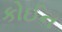
કોઈન